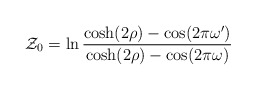
\begin{align*}{\cal Z}_0=\ln\frac{\cosh(2 \rho)-\cos(2\pi\omega')}{\cosh(2 \rho)-\cos(2\pi\omega)}\end{align*}